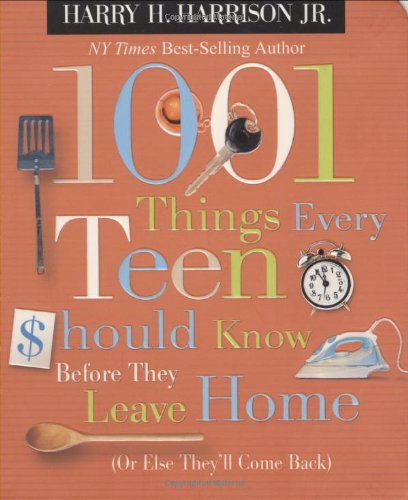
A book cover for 1001 Things Every Teen Should Know Before They Leave Home: (Or Else They'll Come Back); Harry H. Harrison Jr.; Humor & Entertainment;